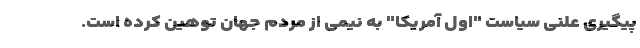
پیگیری علنی سیاست "اول آمریکا" به نیمی از مردم جهان توهین کرده است.